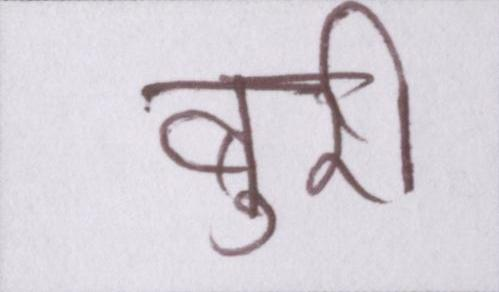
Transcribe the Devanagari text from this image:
बुरी